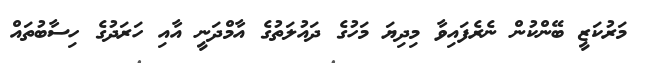
މަރުކަޒީ ބޭންކުން ނެރެފައިވާ މިދިޔަ މަހުގެ ދައުލަތުގެ އާމްދަނީ އާއި ހަރަދުގެ ހިސާބުތައް